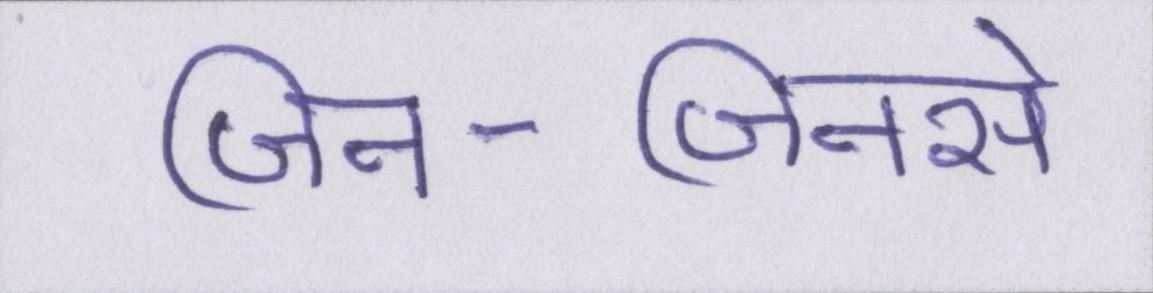
जिन-जिनसे